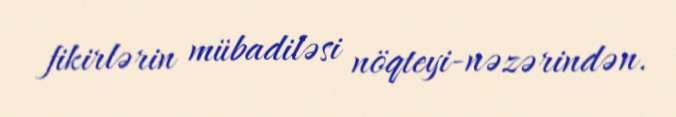
fikirlərin mübadiləsi nöqteyi-nəzərindən.